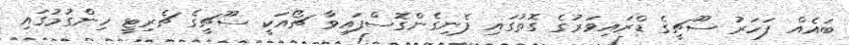
ބައެއް ފަހަރު ސޫޗީގެ ޑްރައިވަރުގެ ގޮތުގައި ފެނިގެންގޮސްފައިވާ ޗޯއަކީ ސޫޗީގެ ޗެރިޓީ ހިންގުމުގައި